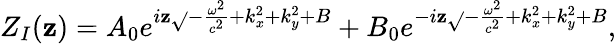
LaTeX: Z_{I}(\mathbf{z})=A_{0}e^{i\mathbf{z}\sqrt{}{{-\frac{{\omega^{2}}}{{c^{2}}}+k_{x}^{2}+k_{y}^{2}+B}}}+B_{0}e^{-i\mathbf{z}\sqrt{}{{-\frac{{\omega^{2}}}{{c^{2}}}+k_{x}^{2}+k_{y}^{2}+B}}},